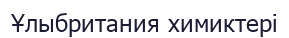
Ұлыбритания химиктері